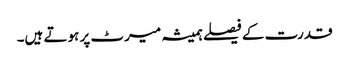
قدرت کے فیصلے ہمیشہ میرٹ پر ہوتے ہیں۔